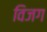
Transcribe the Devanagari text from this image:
विजग